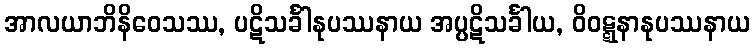
အာလယာဘိနိဝေသဿ, ပဋိသင်္ခါနုပဿနာယ အပ္ပဋိသင်္ခါယ, ဝိဝဋ္ဋနာနုပဿနာယ